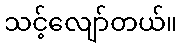
သင့်လျော်တယ်။